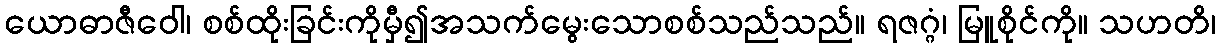
ယောဓာဇီဝေါ၊ စစ်ထိုးခြင်းကိုမှီ၍အသက်မွေးသောစစ်သည်သည်။ ရဇဂ္ဂံ၊ မြူစိုင်ကို။ သဟတိ၊